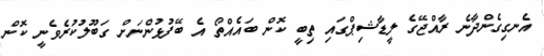
އެނގިގެންދާނެ ރާއްޖޭގެ ލީޑާޝިޕްގައި ތިބީ ކޮން ބައެއްތޯ އެ ބޭފުޅުންނަށް ގަބޫލުކުރެވެނީ ކޮން